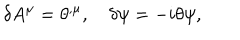
\delta A ^ { \mu } = \theta ^ { , \mu } , \quad \delta \psi = - i \theta \psi ,